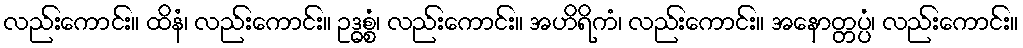
လည်းကောင်း။ ထိနံ၊ လည်းကောင်း။ ဥဒ္ဓစ္စံ၊ လည်းကောင်း။ အဟိရိကံ၊ လည်းကောင်း။ အနောတ္တပ္ပံ၊ လည်းကောင်း။